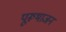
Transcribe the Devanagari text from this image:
पूरूभाजन